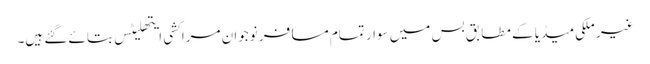
غیر ملکی میڈیا کے مطابق بس میں سوار تمام مسافر نوجوان مراکشی ایتھلیٹس بتائے گئے ہیں۔